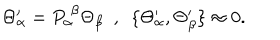
LaTeX: \Theta _ { \alpha } ^ { \prime } = P _ { \alpha } ^ { ~ \beta } \Theta _ { \beta } ~ ~ , ~ ~ \{ \Theta _ { \alpha } ^ { \prime } , \Theta _ { \beta } ^ { \prime } \} \approx 0 .